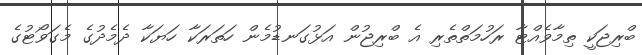
ބްރިޖަކީ ތިމާވެއްޓާ ރަހުމަތްތެރި އެ ބްރިޖުން އަޅުގަނޑުމެން ހަތަރަކާ ހަޔަކާ ދެމެދުގެ މެގަވޯޓުގެ